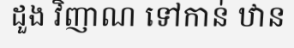
ដួង វិញាណ ទៅកាន់ ឋាន